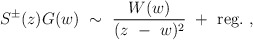
\begin{align*} S^\pm (z)G(w){}~\sim{}~{W(w)\over {(z{}~-{}~w)^2}}{}~+{}~{\rm reg}.{}~,\end{align*}